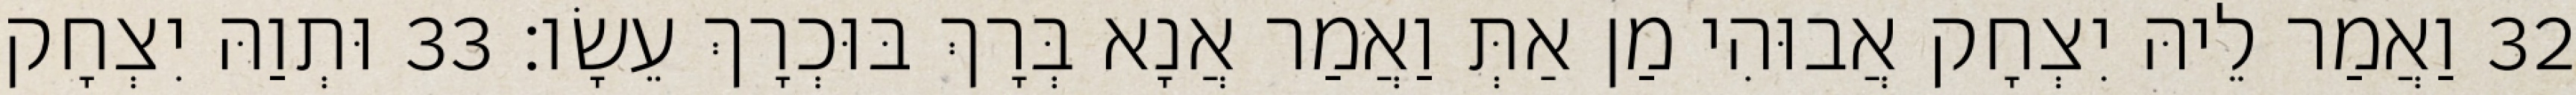
32 וַאֲמַר לֵיהּ יִצְחָק אֲבוּהִי מַן אַתְּ וַאֲמַר אֲנָא בְּרָךְ בּוּכְרָךְ עֵשָׂו׃ 33 וּתְוַהּ יִצְחָק